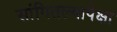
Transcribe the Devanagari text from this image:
सांगितल्यापेक्षा